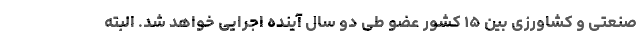
صنعتی و کشاورزی بین ۱۵ کشور عضو طی دو سال آینده اجرایی خواهد شد. البته